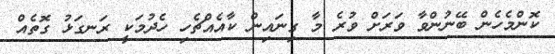
ކޮންމެހެން ބޭނުންވާ ވަރަށް ވުރެ މާ ގިނައިން ކާއެއްޗެހި ހެދުމަކީ ރަނގަޅު ގޮތެއް